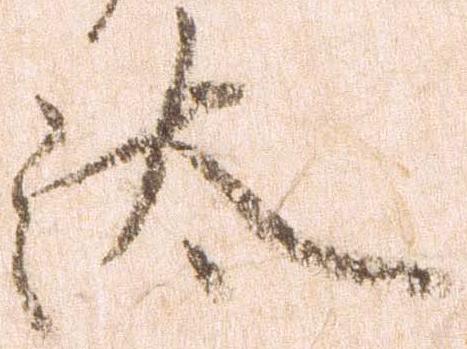
汰